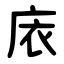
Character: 庡